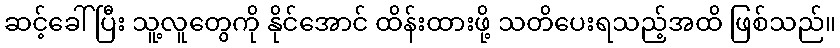
ဆင့်ခေါ်ပြီး သူ့လူတွေကို နိုင်အောင် ထိန်းထားဖို့ သတိပေးရသည့်အထိ ဖြစ်သည်။